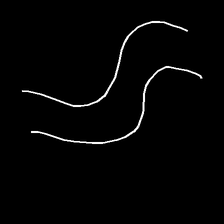
Glyph: float